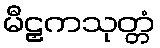
မီဠှကသုတ္တံ